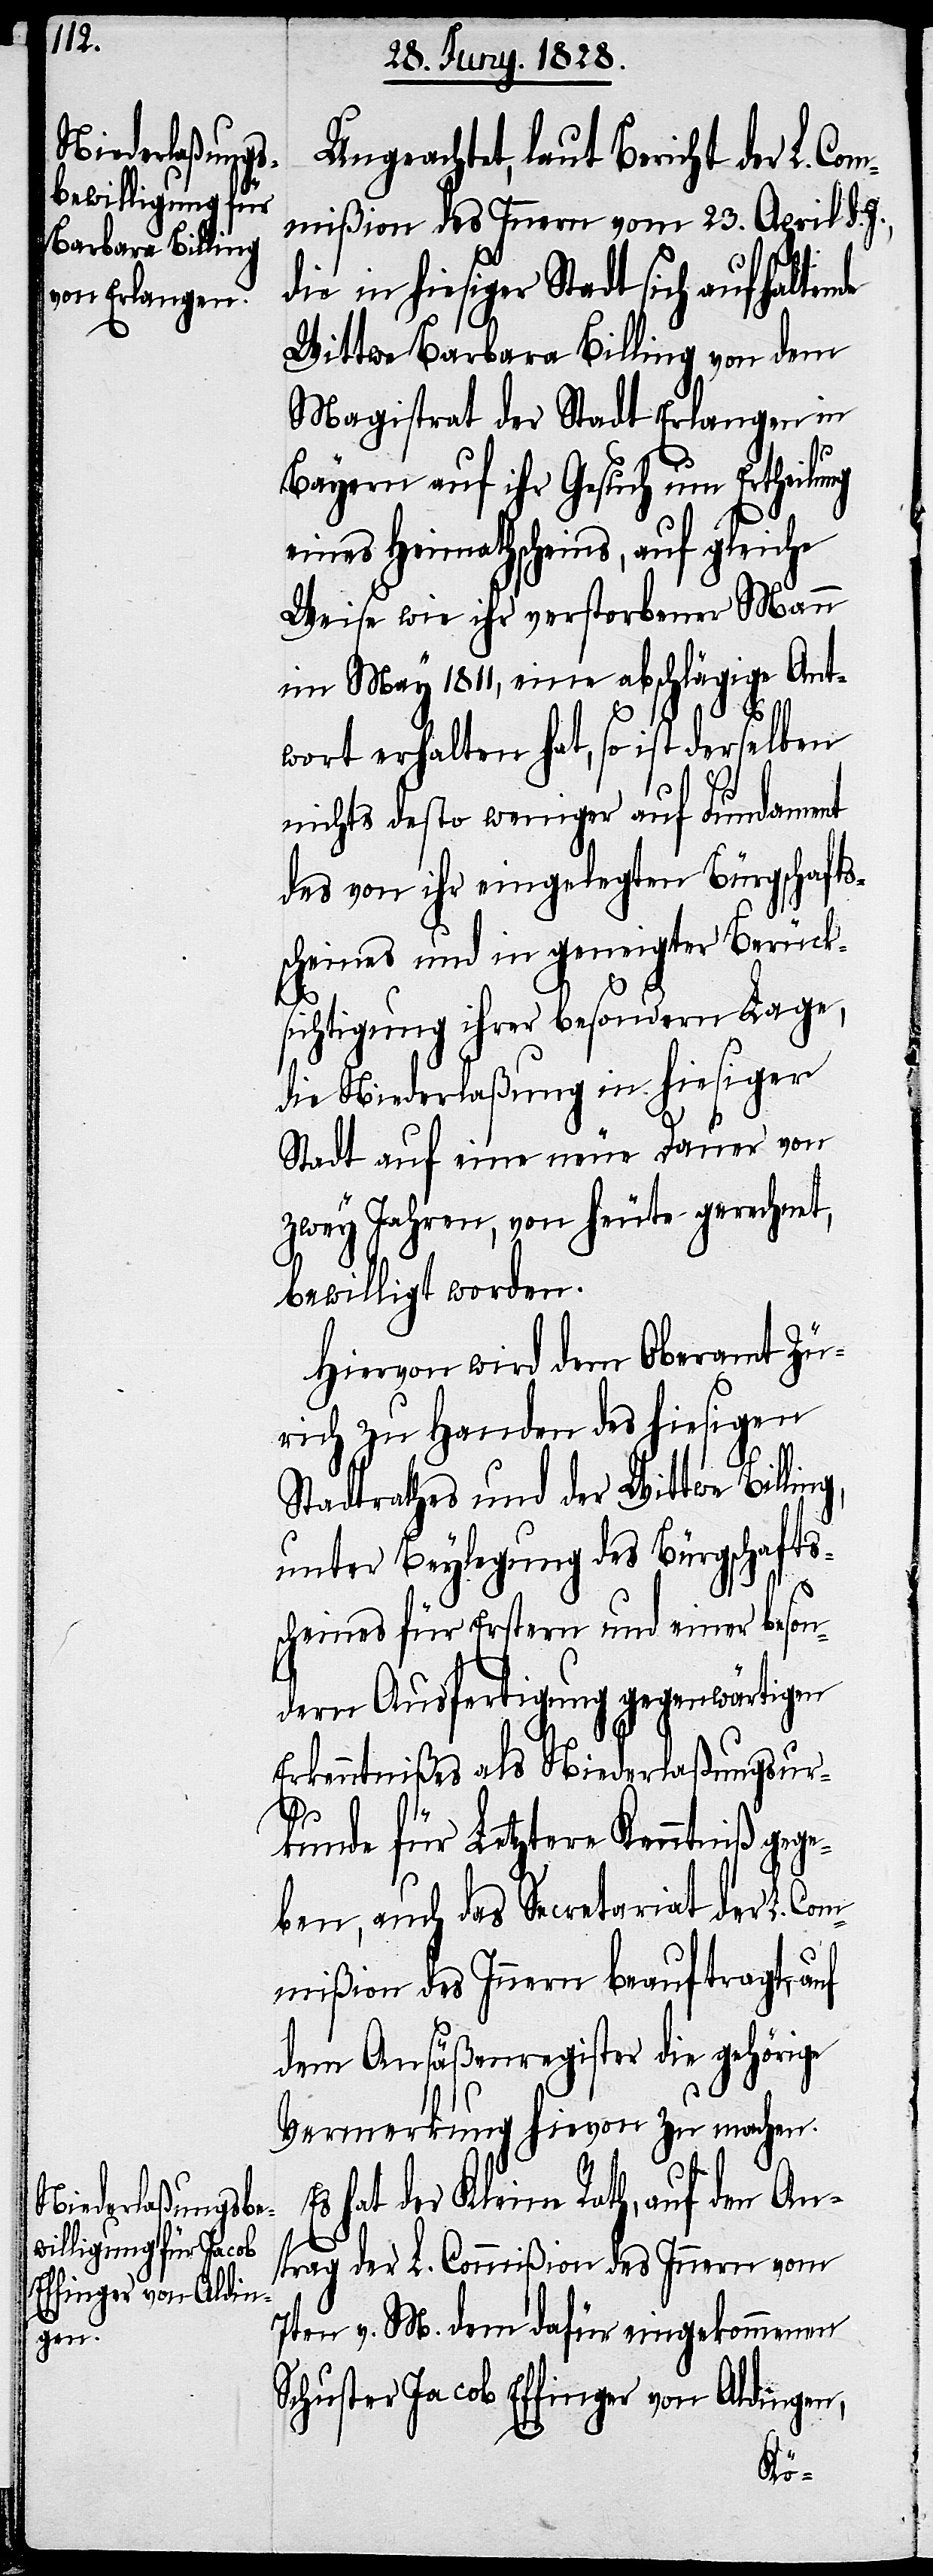
Ungeachtet, laut Bericht der L. Com¬
mißion des Innern vom 23. April d.
die in hiesiger Stadt sich aufhaltende
Wittwe Barbara Billing von dem
Magistrat der Stadt Erlangen in
Bayern auf ihr Gesuch um Ertheilung
eines Heimathscheins, auf gleiche
Weise wie ihr verstorbener Mann
im May 1811, eine abschlägige Ant¬
wort erhalten hat, so ist derselben
nichts desto weniger auf Fundament
des von ihr eingelegten Bürgschafts¬
scheines und in geneigter Berück¬
sichtigung ihrer besondern Lage,
die Niederlaßung in hiesiger
Stadt auf eine neue Dauer von
zwey Jahren von heute gerechnet,
bewilligt worden.
Hiervon wird dem Oberamt Zü¬
rich zu Handen des hiesigen
Stadtrathes und der Wittwe Billing,
unter Beylegung des Bürgschafts¬
scheines für Erstern und einer beson¬
dern Ausfertigung gegenwärtigen
Erkenntnißes als Niederlaßungsur¬
kunde für Letztere Kenntniß gege¬
ben, auch das Secretariat der L. Com¬
mißion des Innern beauftragt, auf
dem Ansäßenregister die gehörige
Vermerkung hievon zu machen.
hat der Kleine Rath, auf den An¬
trag der L. Commißion des Innern vom
7ten v. M. dem dafür eingekommenen
Schuster Jacob Effinger von Aldingen,